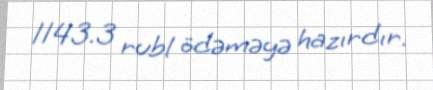
1143.3 rubl ödəməyə hazırdır.